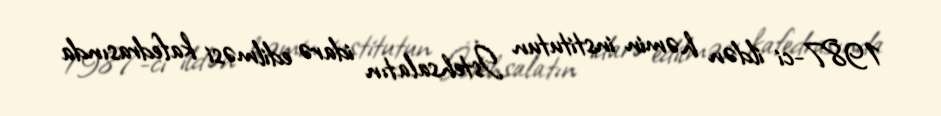
1987-ci ildən həmin institutun İstehsalatın idarə edilməsi kafedrasında